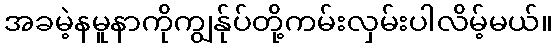
အခမဲ့နမူနာကိုကျွန်ုပ်တို့ကမ်းလှမ်းပါလိမ့်မယ်။